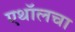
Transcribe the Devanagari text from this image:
एथॉलचा